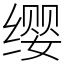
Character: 缨